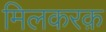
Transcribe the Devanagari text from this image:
मिलकरक़